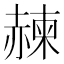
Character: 𧹯